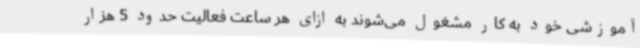
آموزشی خود به کار مشغول می‌شوند به ازای هر ساعت فعالیت حدود 5 هزار